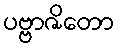
ပဗ္ဗာဇိတော